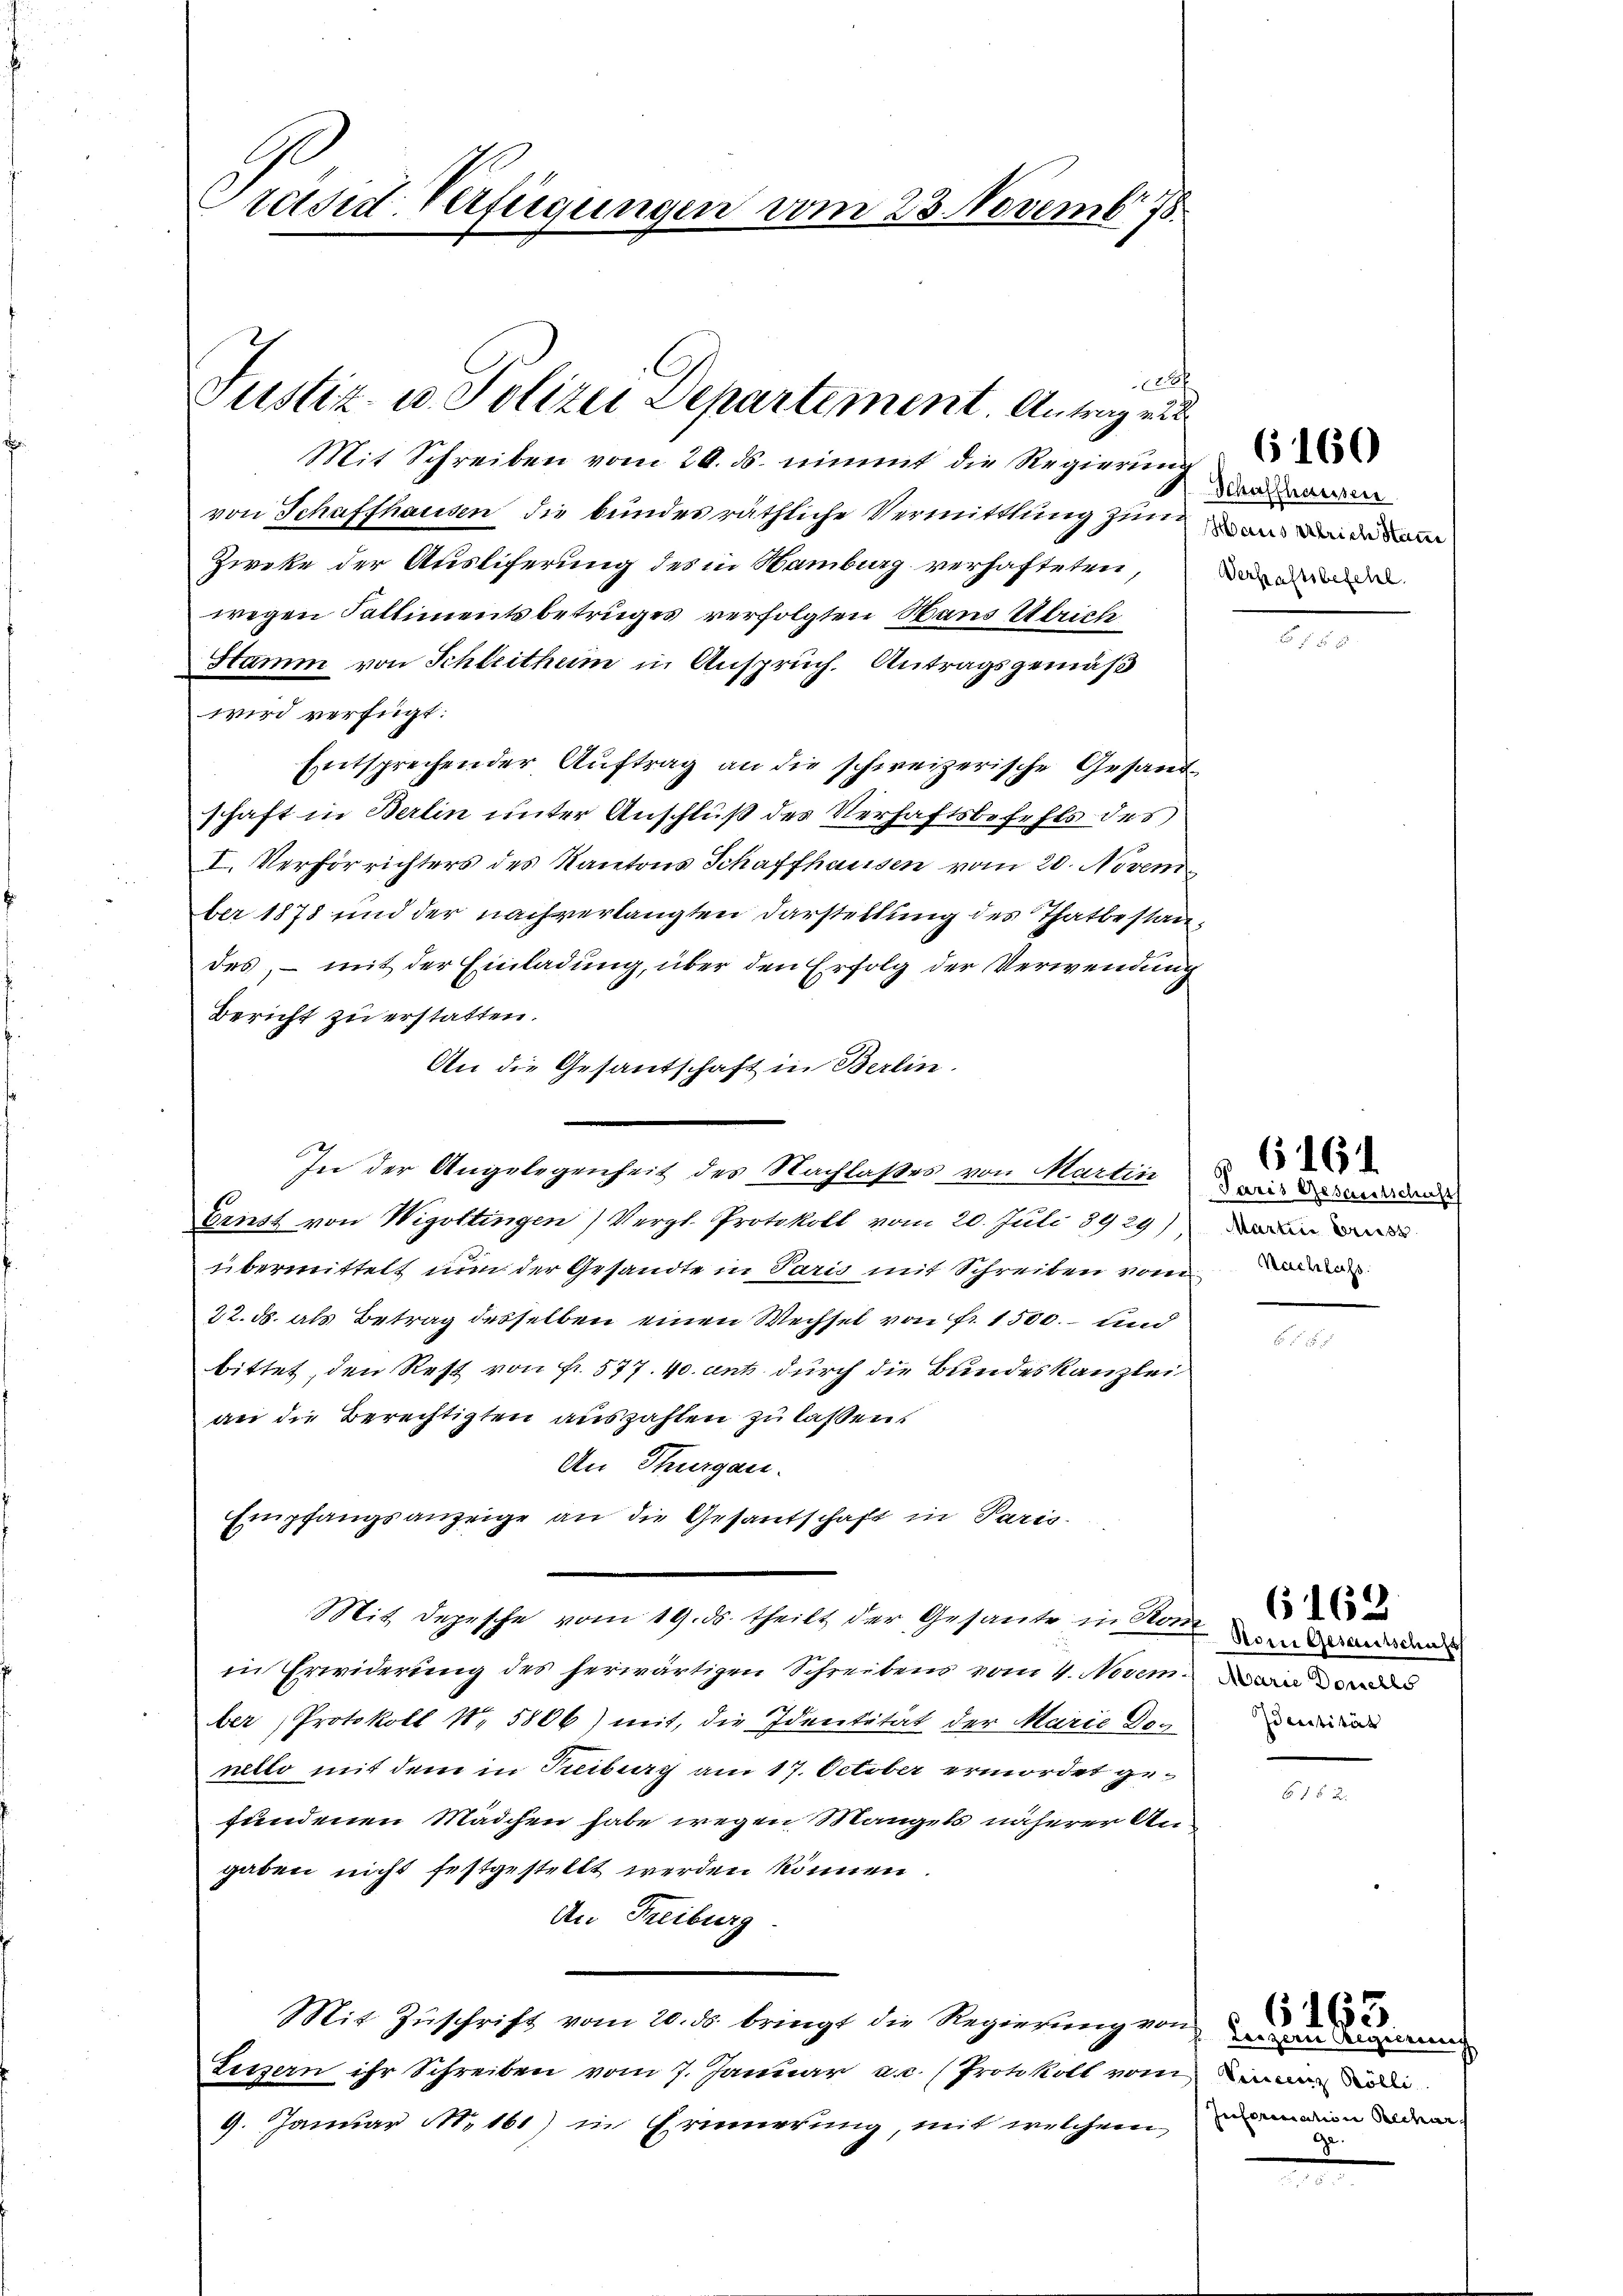
Präsid Verfügungen vom 23. Novemb

Mit Schreiben vom 20. ds. nimmt die Regierung
von Schaffhausen die bundesräthliche Vermittlung zumer dem
Zweke der Auslieferung des in Hamburg verhafteten
wegen Fallimentsbetruges verfolgten Wand Ulrich
Stamm von Schleitheim in Anspruch. Antragsgemäß
wird verfügt:
Entsprechender Aŭftrag an die schweizerische Gesand-
schaft in Berlin unter Anschluß des Verhaftsbefehls des
I. Verförrichters des Kantons Schaffhausen vom 20. Novem
ber 1878 und der nach verlangten Darstellung des Thatbestandes, – mit der Einladung, über den Erfolg der Verwendung
Bericht zu erstatten.
An die Gesantschaft in Berlin.
In der Angelegenheit des Nachlaßes von Martin wir das d
Ernst von Wigottingen Vergl. Protokoll vom 20. Juli 3929)
übermittelt nun der Gesandte in Paris mit Schreiben vom
22. ds. als Betrag desselben einen Wechsel von Fr. 1500. und
bittet, den Rest von Fr. 577. 40. ant durch die Bundeskanzlei
an die Berechtigten auszahlen zu lassen.
An Thurgau.
Empfangsanzeige an die Gesantschaft in Paris
Mit Depesche vom 19. ds. theilt der Gesante in Sonn
in Erwiderung des herwärtigen Schreibens vom 4. Noveman
ber Protokoll Nr 5806) mit, die Identität der Marie Denello mit dem in Treiburg am 17. October ermordet gefundenen Mädchen habe wegen Mangels näherer Angaben nicht festgestellt werden können
An Freiburg
Mit Zuschrift vom 20. ds. bringt die Regierung von
Lissern ihr Schreiben vom 7. Januar a.c. Protokoll vom de
9. Januar No. 161) in Erinnerung, mit welchem

222
Justiz- u. Polizei Departement. Antrag ei

Schulthausen
Verhaftsbefehl

6160

Martine Erisz

s 6161

Identität

6162

61 § 2

Lezau Ausinnung
Information Alchar
ge.

6163